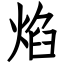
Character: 焰